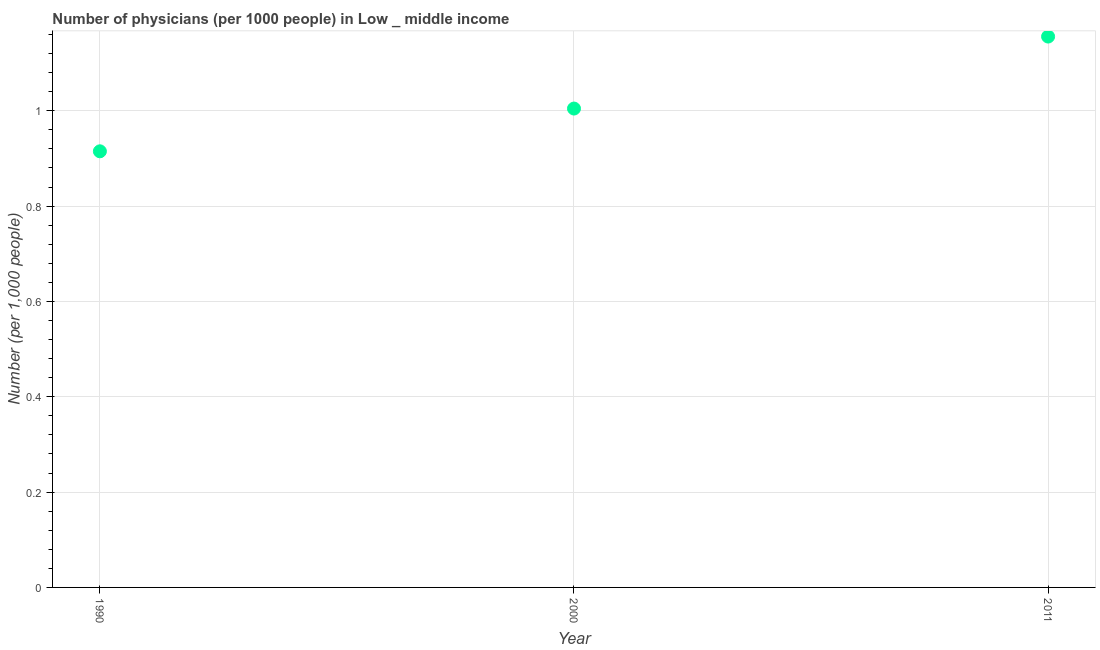
| Year | Physicians |
 | --- | --- |
 | 1990 | 0.915 |
 | 2000 | 1 |
 | 2011 | 1.16 |